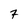
Character: 7